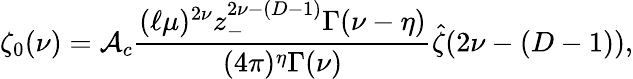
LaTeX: \zeta_{0}(\nu)={\cal A}_{c}{\frac{(\ell\mu)^{2\nu}z_{-}^{2\nu-(D-1)}\Gamma(\nu-\eta)}{(4\pi)^{\eta}\Gamma(\nu)}}\hat{\zeta}(2\nu-(D-1)),